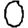
Digit: 0